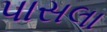
પાસલા